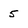
Character: 5